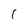
Character: 1